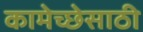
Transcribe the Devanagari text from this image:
कामेच्छेसाठी